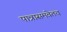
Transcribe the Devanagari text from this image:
पात्रासमवेतच